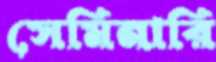
সেমিনারি